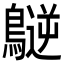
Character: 𪄧